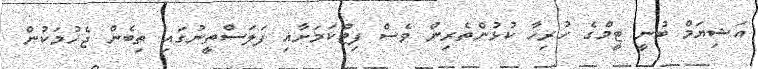
އަޝިޔަމް ބުނީ ޓީމްގެ ހުރިހާ ކުޅުންތެރިން ވެސް ފިޓްކަމަށާއި ފަލަސްތީނުގައި ތިބެން ޖެހުމަކުން